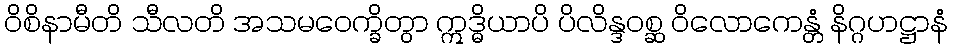
ဝိစိနာမီတိ သီလတိ အသမဝေက္ခိတွာ ဣဒ္ဓိယာပိ ပိလိန္ဒဝစ္ဆ ဝိလောကေန္တံ နိဂ္ဂဟဋ္ဌာနံ